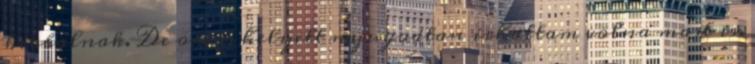
kiabalnak. De orvos helyett nyugodtan irhattam volna mast is.